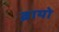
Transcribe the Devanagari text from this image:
ब्रायो